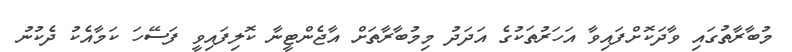
މުބާރާތުގައި ވާދަކޮށްފައިވާ އަހަރުތަކުގެ އަދަދު މިމުބާރާތަށް އާޖެންޓީނާ ކޮލިފައިވީ ފަސޭހަ ކަމާއެކު ދެކުނު